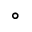
^ { \circ }